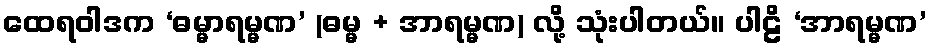
ထေရဝါဒက ‘ဓမ္မာရမ္မဏ’ (ဓမ္မ + အာရမ္မဏ) လို့ သုံးပါတယ်။ ပါဠိ ‘အာရမ္မဏ’